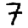
Digit: 7